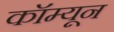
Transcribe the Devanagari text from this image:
कॉम्यून